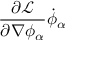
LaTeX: { \frac { \partial { \mathcal { L } } } { \partial \nabla \phi _ { \alpha } } } { \dot { \phi } } _ { \alpha }